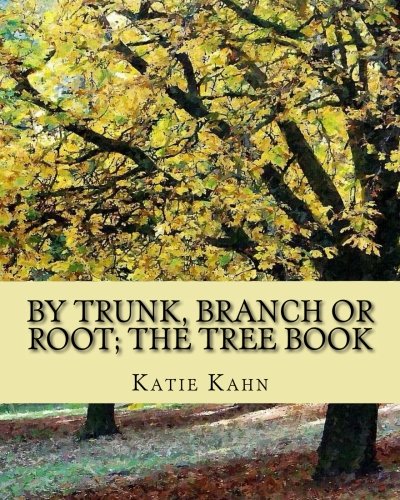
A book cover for By Trunk, Branch or Root; The Tree Book; Katie Kahn; Children's Books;